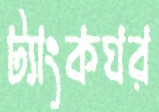
ট্যাংকঘর